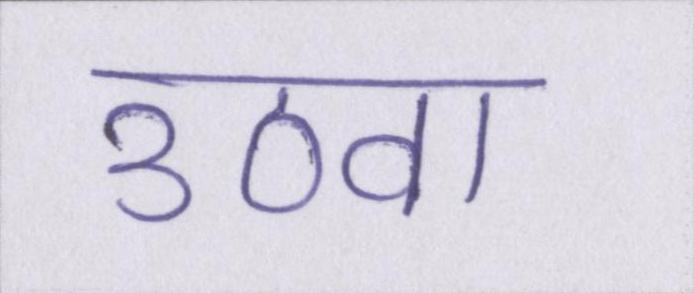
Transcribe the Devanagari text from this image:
उठवा